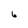
Character: 6